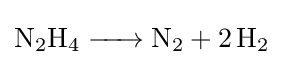
{\ce {N2H4 -> N2 + 2 H2}}